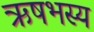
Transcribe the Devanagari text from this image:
ऋषभस्य